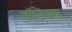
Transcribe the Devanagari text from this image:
कॉटेंक्स